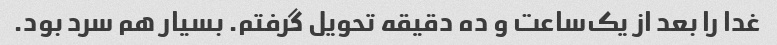
غدا را بعد از یک‌ساعت و ده دقیقه تحویل گرفتم. بسیار هم سرد بود.